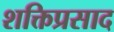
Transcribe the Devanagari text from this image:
शक्तिप्रसाद